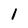
Character: 1